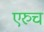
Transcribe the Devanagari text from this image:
एरुच